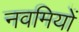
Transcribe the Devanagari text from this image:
नवमियों